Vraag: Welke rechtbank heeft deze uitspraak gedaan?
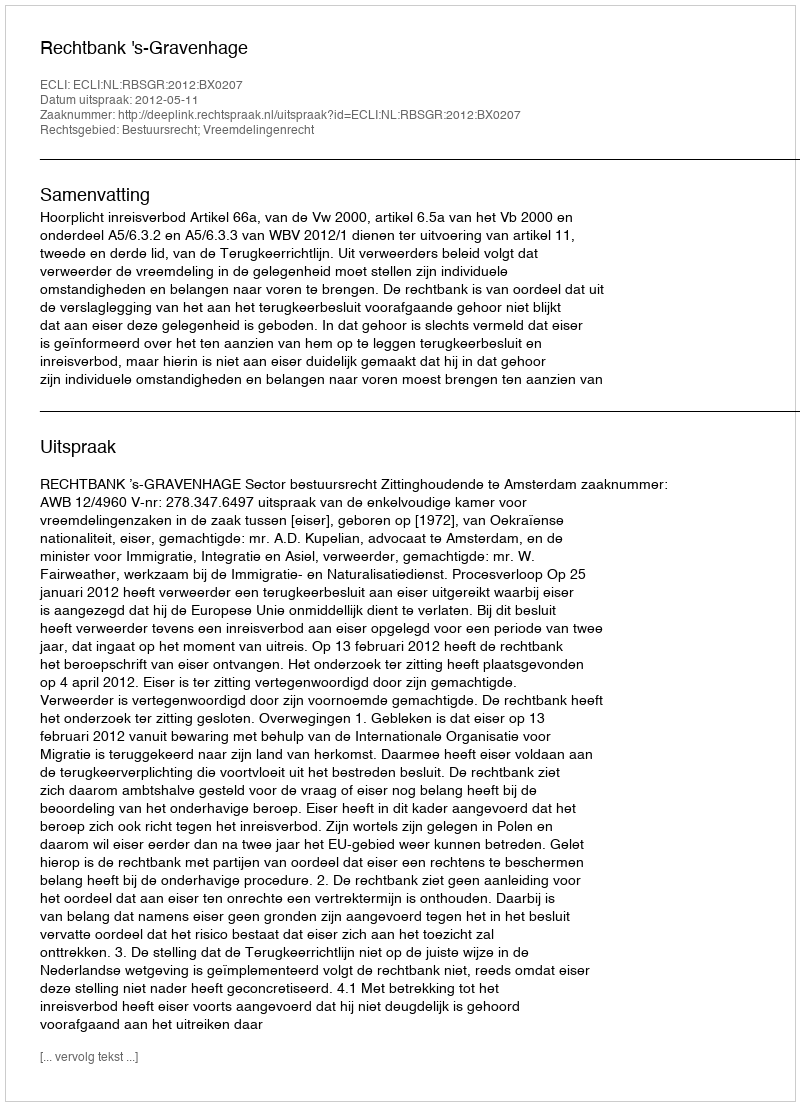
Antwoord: Rechtbank 's-Gravenhage